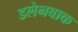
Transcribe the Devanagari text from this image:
डलेनबाक